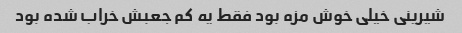
شیرینی خیلی خوش مزه بود فقط یه کم جعبش خراب شده بود